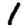
Digit: 1